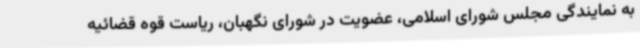
به نمایندگی مجلس شورای اسلامی، عضویت در شورای نگهبان، ریاست قوه قضائیه